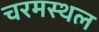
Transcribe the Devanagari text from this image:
चरमस्थल